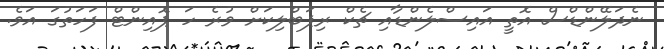
ނެދަލޭންޑްސް އޮތީ އައިސްލެންޑާއި ޗެކް ރިޕަބްލިކަށް ވުރެ ހަ ޕޮއިންޓް ފަހަތުގަ އަވެ.